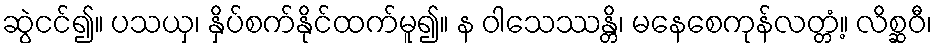
ဆွဲငင်၍။ ပသယှ၊ နှိပ်စက်နိုင်ထက်မူ၍။ န ဝါသေဿန္တိ၊ မနေစေကုန်လတ္တံ့။ လိစ္ဆဝီ၊